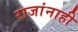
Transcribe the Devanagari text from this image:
राजांनाही